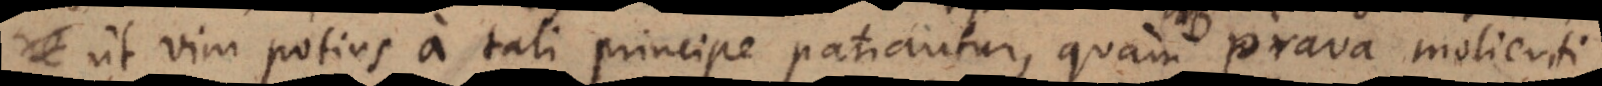
ut vim potius a tali principe patiantur, quam prava molienti